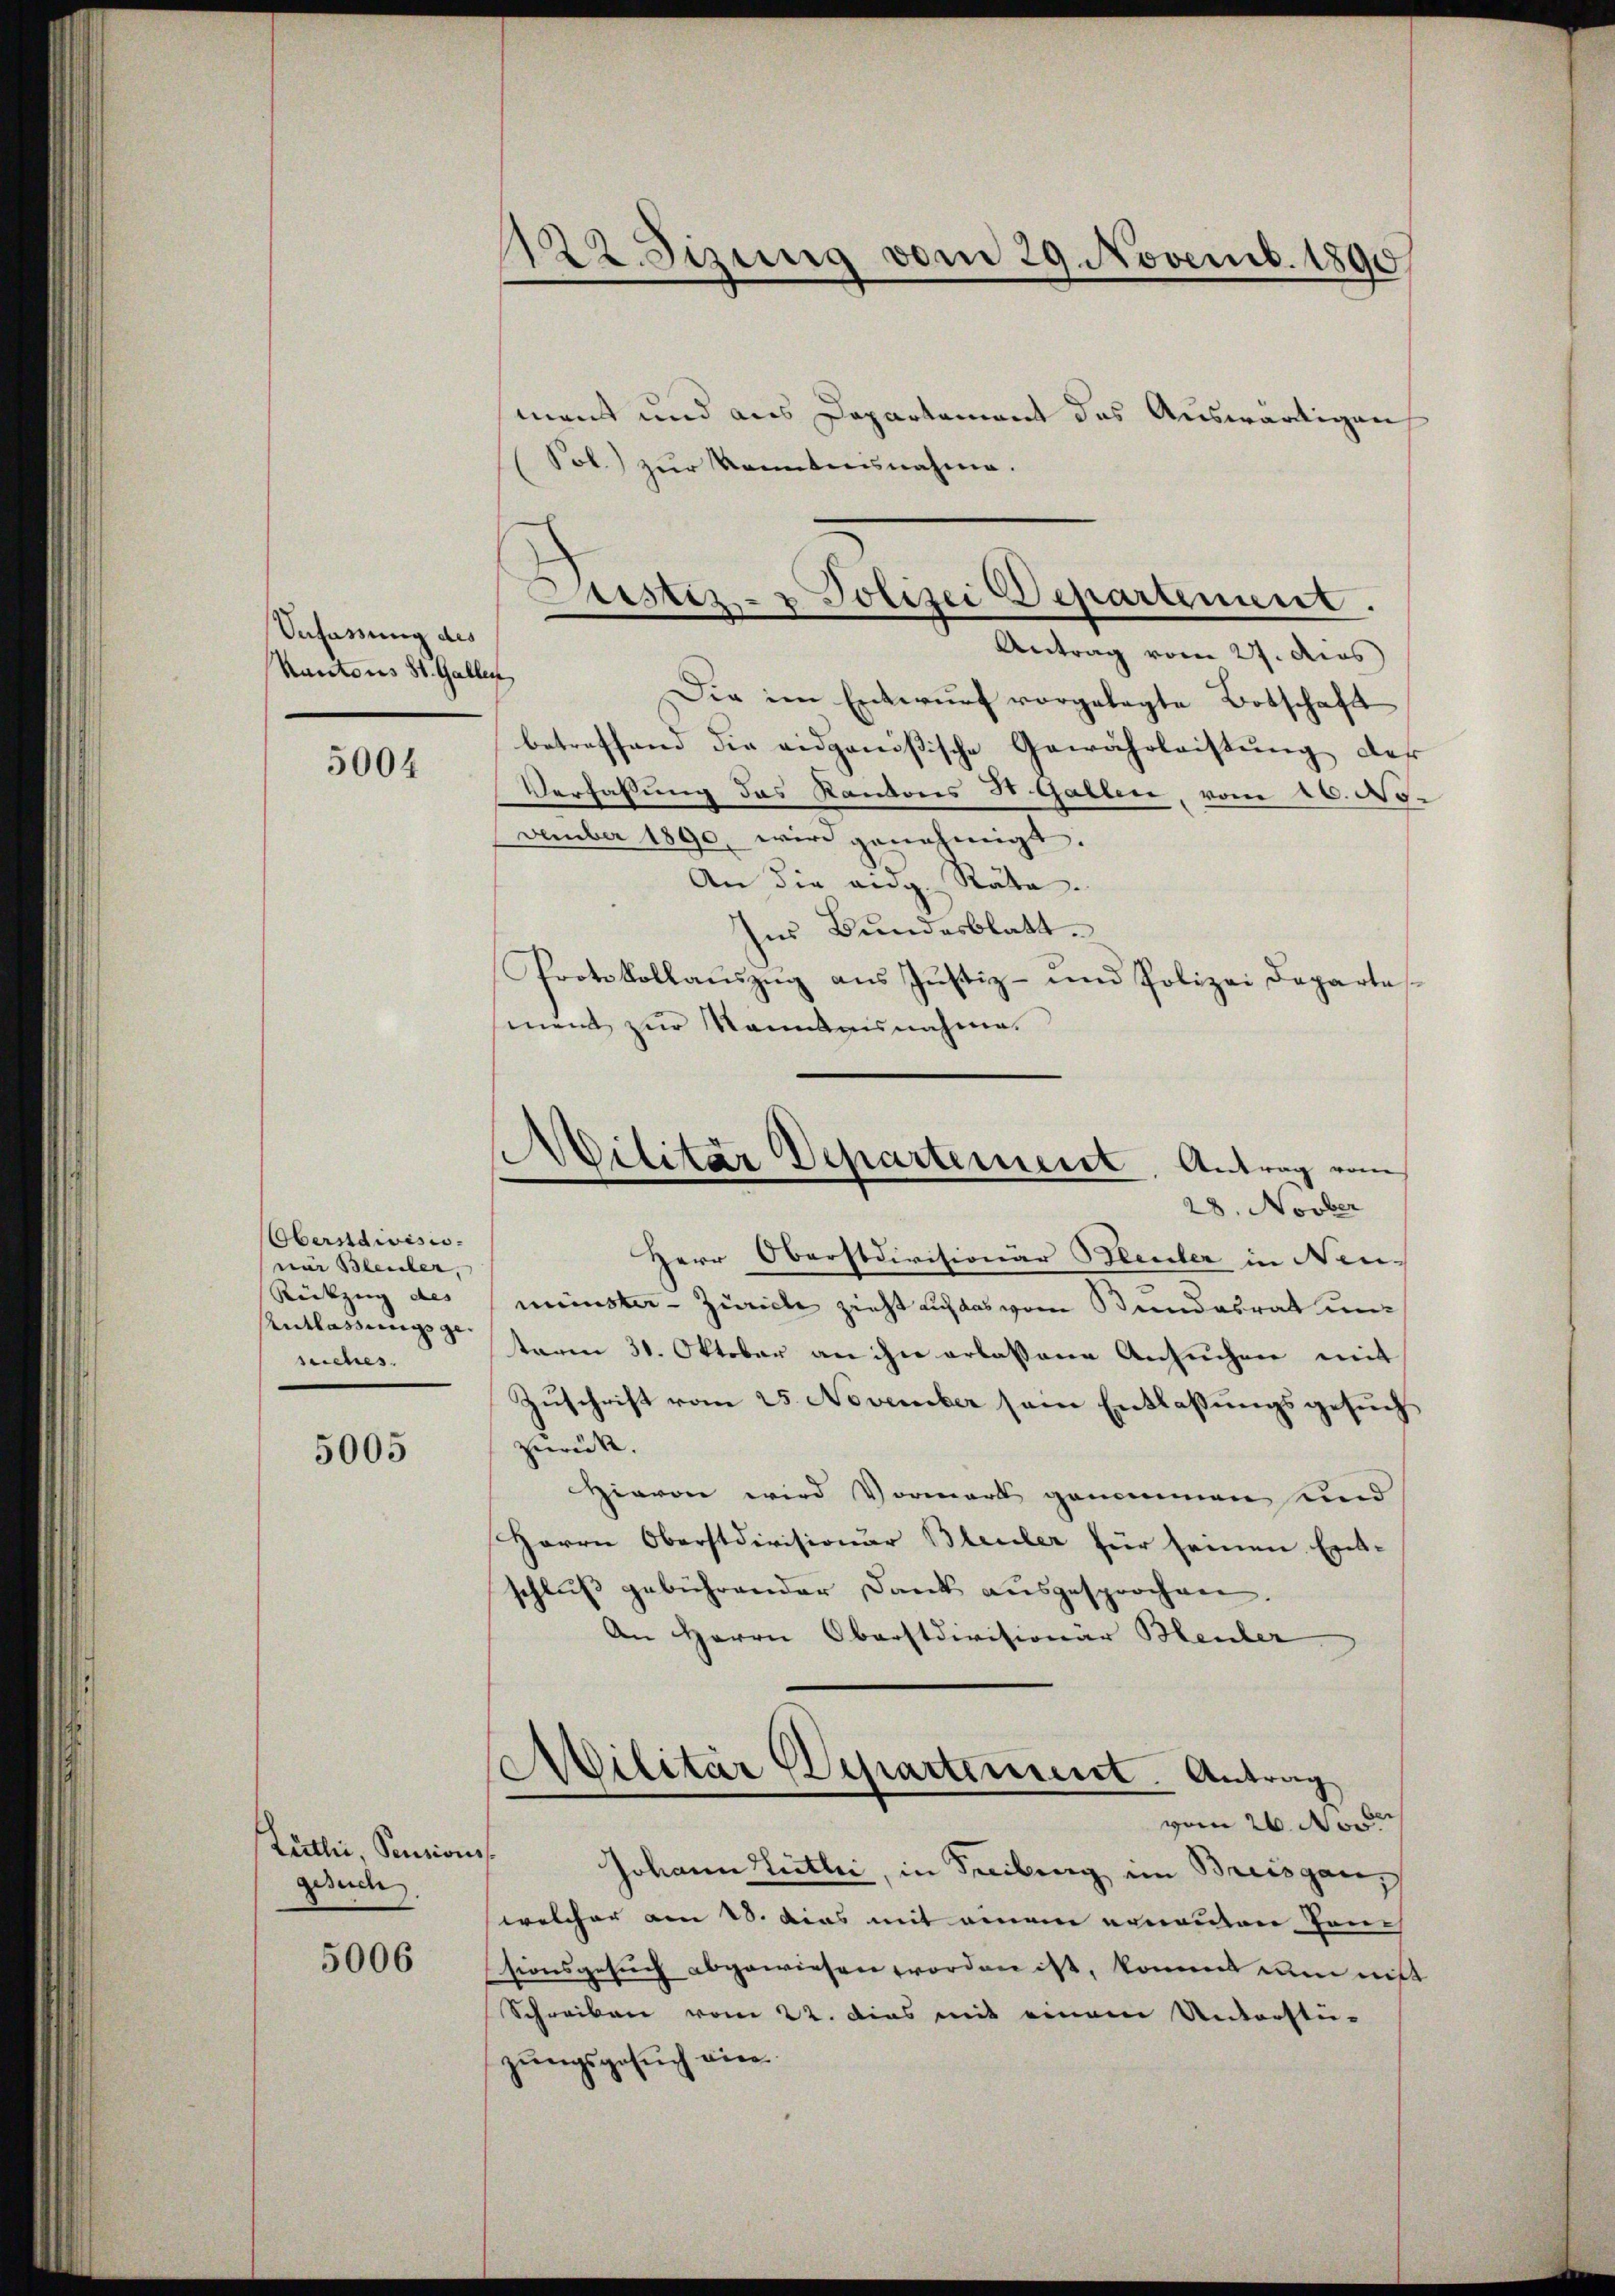
Verfassung des
Kantons St. Gallen

5004

Obersdivisio
nar Bleuler,
Rückzung des
Entlassungsge-
suches.

5005

Zürthi, Pensionss
gesuch

5006

122. Sizung vom 29. Novemb. 1890

ment und aus Departement des Auswärtigen
Sol.) zur Kenntnisnahme.
Antrag vom 27. dies
Die im Entwŭrf vorgelegte Botschaft
betreffend die eidgenößische Gewährleistung der
Verfahlung das Kantons St. Gallen vom 16. No.
vember 1890, wird genehmigt.
An die ang. Räte.
Ins Bundesblatt.
Protokollaŭszŭg ans Justiz- und Polizei Departe
ment zur Kenntnisnahme.

Justiz- & Polizei Departement.

Militär Departement. Antrag vom

28. Novber
Herr Oberstdivisionär Bleuler in Neu-
münster - Zürich zieht auf das vom Bundesrat unterm 31. Oktober an ihn erlassene Ansuchen mit
Zuschrift vom 25. November sein Entlaßungsgesuch
zurück.
Hievon wird Vormark genommen sind
Herrn Oberstdivisionur Bleuler für seinen Ent-
schluß gebührender Dank ausgesprochen,
An Herrn Oberstdivisionär Heuler
Militär Departement. Antrag
vom 26. No.
Johann Lietli, in Freibung im Breisgau,
welcher am 23. dies mit einem erneuen Jauch
sionsgesuch abgewiesen worden ist, kommt nun nicht
Schreiben vom 22. Das mit einem Unterstü-
zŭngsgesŭch vier